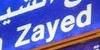
zayed